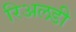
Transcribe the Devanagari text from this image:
रिअलडी